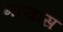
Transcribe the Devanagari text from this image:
मल्वास